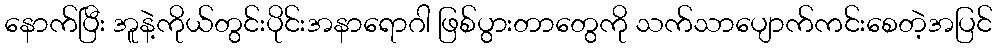
နောက်ပြီး အူနဲ့ကိုယ်တွင်းပိုင်းအနာရောဂါ ဖြစ်ပွားတာတွေကို သက်သာပျောက်ကင်းစေတဲ့အပြင်